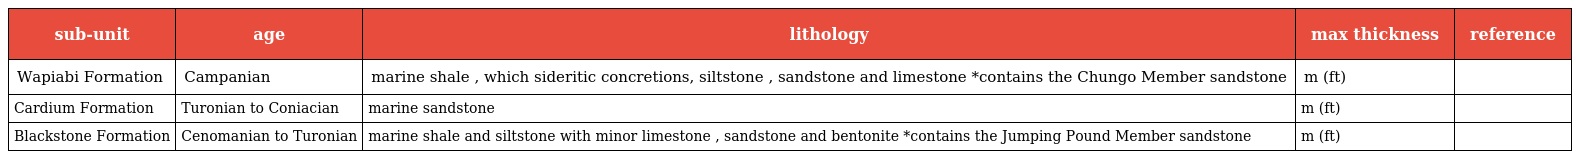
| sub-unit | age | lithology | max thickness | reference |
 | --- | --- | --- | --- | --- |
 | Wapiabi Formation | Campanian | marine shale , which sideritic concretions, siltstone , sandstone and limestone *contains the Chungo Member sandstone | m (ft) |  |
 | Cardium Formation | Turonian to Coniacian | marine sandstone | m (ft) |  |
 | Blackstone Formation | Cenomanian to Turonian | marine shale and siltstone with minor limestone , sandstone and bentonite *contains the Jumping Pound Member sandstone | m (ft) |  |